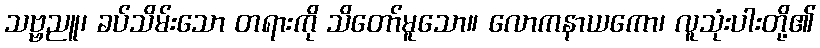
သဗ္ဗညူ၊ ခပ်သိမ်းသော တရားကို သိတော်မူသော။ လောကနာယကော၊ လူသုံးပါးတို့၏